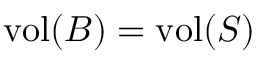
\mathrm { v o l } ( B ) = \mathrm { v o l } ( S )